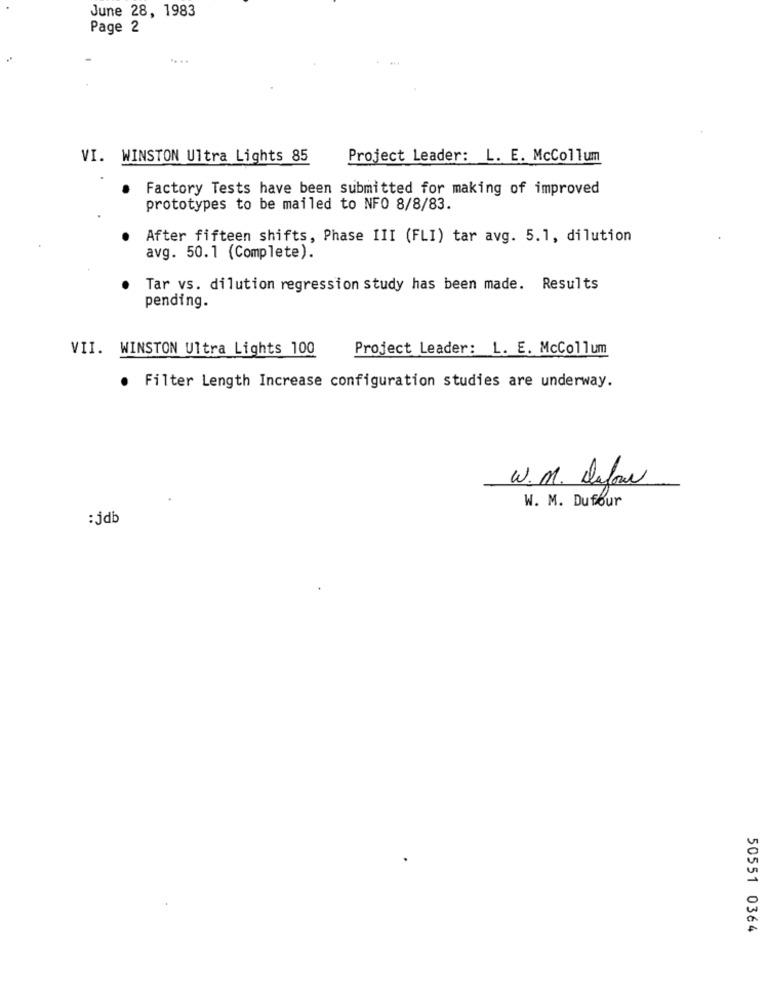
June 28, 1983
Page 2
VI. WINSTON Ultra Lights 85
Project Leader: L. E. McCollum
Factory Tests have been submitted for making of improved
prototypes to be mailed to NFO 8/8/83.
After fifteen shifts, Phase III (FLI) tar avg. 5.1, dilution
avg. 50.1 (Complete).
Tar vs. dilution regression study has been made. Results
pending.
VII. WINSTON Ultra Lights 100
Project Leader: L. E. McCollum
. Filter Length Increase configuration studies are underway.
W.M. Defor
W. M. Dufour
:jdb
50551 0364